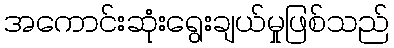
အကောင်းဆုံးရွေးချယ်မှုဖြစ်သည်